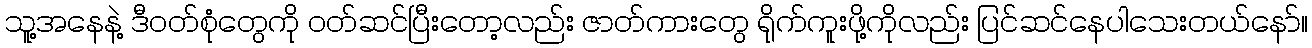
သူ့အနေနဲ့ ဒီဝတ်စုံတွေကို ဝတ်ဆင်ပြီးတော့လည်း ဇာတ်ကားတွေ ရိုက်ကူးဖို့ကိုလည်း ပြင်ဆင်နေပါသေးတယ်နော်။